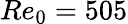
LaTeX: Re_{0}=505